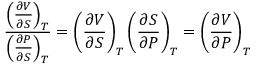
{ \frac { \left( { \frac { \partial V } { \partial S } } \right) _ { T } } { \left( { \frac { \partial P } { \partial S } } \right) _ { T } } } = \left( { \frac { \partial V } { \partial S } } \right) _ { T } \left( { \frac { \partial S } { \partial P } } \right) _ { T } = \left( { \frac { \partial V } { \partial P } } \right) _ { T }